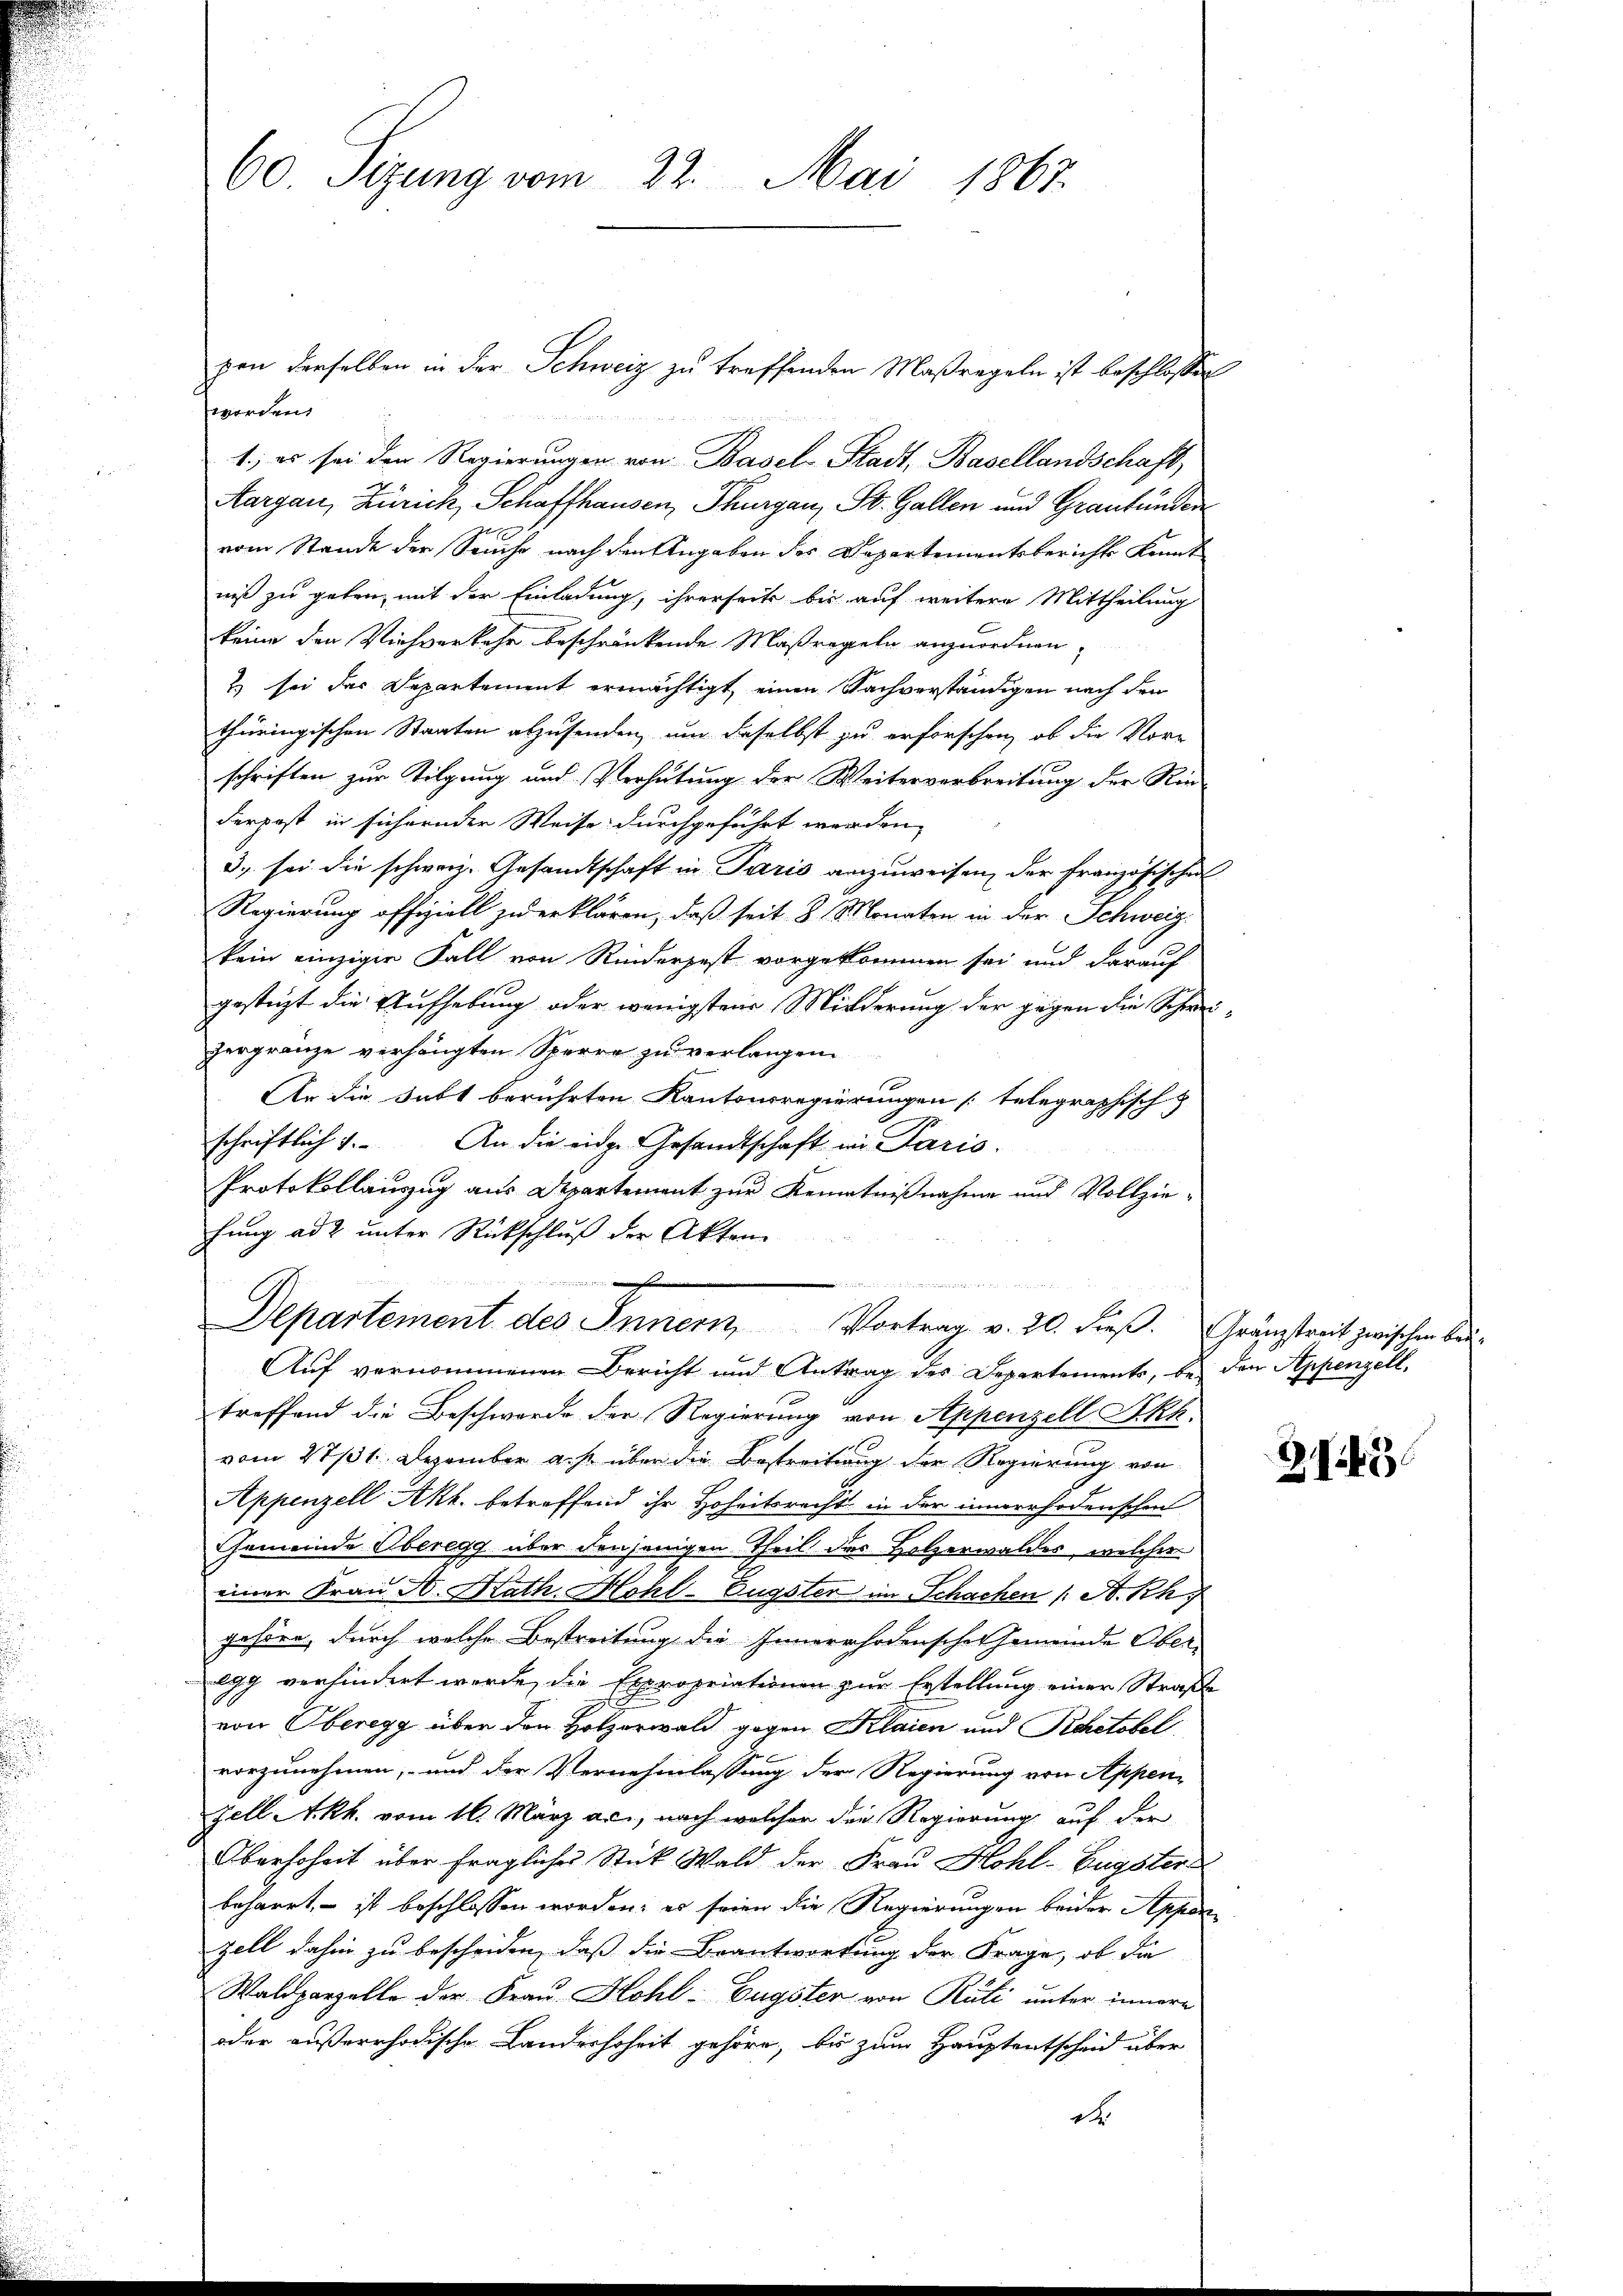
pen derselben in der Schweiz zu treffenden Maßregeln ist beschlossen
worden.
1., es sei den Regierungen von Basel-Stadt, Basellandschaft,
Aargau, Zürich, Schaffhausen, Thurgau, St. Gallen und Graubünden
vom Stande der Seuche nach den Angaben des Departementsberichts Kennt
niß zu geben, mit der Einladung, ihrerseits bis auf weitere Mittheilung
keine den Viehverkehr beschränkende Maßregeln anzuordnen,
 sei der Departement ermächtigt, einen Sachverständigen nach den
thüringischen Staaten abzusenden, um daselbst zu erforschen, ob die Vor-
schriften zur Tilgung und Verhütung der Weiterverbreitung der Rin
derpost in sichernder Weise durchgeführt werden,
3. sei die schweiz. Gesandtschaft in Paris anzuweisen, der Französischen
Regierung offiziell zu erklären, daß seit 8 Monaten in der Schweiz
kein einziger Fall von Rinderpest vorgekommen sei und darauf
gesteht die Aufhebung oder wenigsten Milderung der gegen die Schweizergränze verhängten Sperre zu verlangen.
1
An die habt berührten Kantonsregierungen telegraphisch
schriftlich 7. An die eidge Gesandtschaft in Paris.
Protokollauszug aus Departement zur Kenntnißnahme und Vollziefung ad 2 unter Rückschluß der Akten

Departement des Innern Vortrag v. 20. dieβ. Gränzstreit zwischen bei-
Auf vernommenen Bericht und Antrag des Departements, bei den Appenzell.
treffend die Beschwerde der Regierung von Appenzell Stkk.
vom 27/31. Dezember a. p. über die Bestreitung der Regierung von
Appenzell Akk. betreffend ihr Hoheitsrecht in der innerrhodenschen
Gemeinde Oberegg über denjenigen Theil des Holzerwaldes, welcher
einer Frau A. Kath. Mohl-Eugster im Schachen (: A. Rh
gehöre, durch welche Bestreitung die Innerrhodenschet gemeinde Ober-
lgg verhindert wurde, die Expropriationen zur Erstellung einer Straße
von Oberegg über den Holzerwald gegen Klaien und Rhetobel
vorzunehmen, und der Vernehmlassung der Regierung von Appen-
zell Akk. vom 16. März ac., nach welcher die Regierung auf der
Oberhoheit über fragliches Stück Wald der Frau Hohl-Eugster
beharrt, – ist beschlossen worden; es seien die Regierungen beider Appenzell dahin zu bescheiden, daß die Beantwortung der Frage, ob die
Waldparzelle der Frau Hohl-Eugster von Rüti unter innere
oder außerrhodische Landerhoheit gehöre, bis zum Hauptentscheid über
d

60. Sizung vom 22. Mai 1867.

Z 143